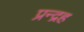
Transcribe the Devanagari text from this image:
प्रन्द्रह